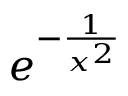
e ^ { - { \frac { 1 } { x ^ { 2 } } } }